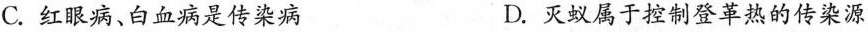
C.红眼病、白血病是传染病 D.灭蚁属于控制登革热的传染源